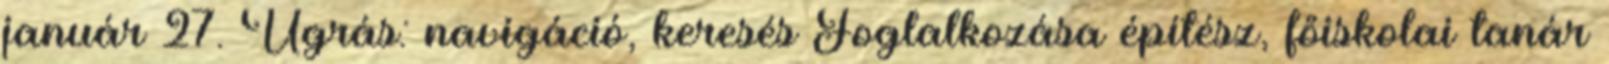
január 27. Ugrás: navigáció, keresés Foglalkozása építész, főiskolai tanár